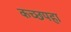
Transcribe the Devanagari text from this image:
कच्छपहा